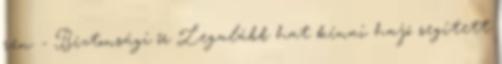
ren. - Biztonsági őr Legalább hat kínai hajó segített